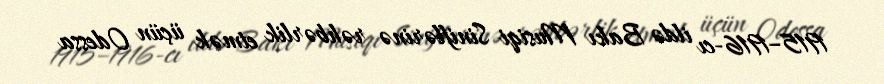
1915–1916-cı ildə Bakı Musiqi Siniflərinə rəhbərlik etmək üçün Odessa